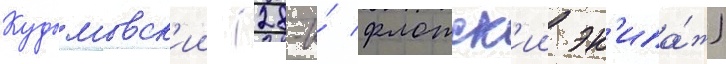
Кудымовск'ии (28-и́ флотск'ии эк'ипа́ж)